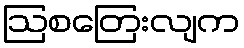
ဩစတြေးလျက